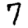
Digit: 7